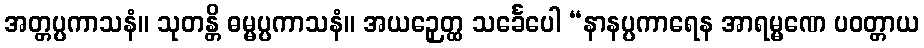
အတ္တပ္ပကာသနံ။ သုတန္တိ ဓမ္မပ္ပကာသနံ။ အယဉှေတ္ထ သင်္ခေပေါ “နာနပ္ပကာရေန အာရမ္မဏေ ပဝတ္တာယ